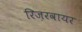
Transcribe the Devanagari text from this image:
रिज़रवायर